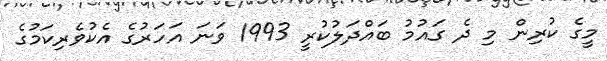
މީގެ ކުރިން މި ދެ ގައުމު ބައްދަލުކުރީ 1993 ވަނަ އަހަރުގެ އެކުވެރިކަމުގެ